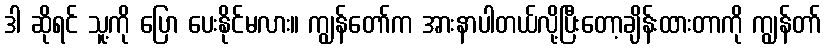
ဒါ ဆိုရင် သူ့ကို ပြော ပေးနိုင်မလား။ ကျွန်တော်က အားနာပါတယ်လို့ပြီးတော့ချိန်းထားတာကို ကျွန်တာ်